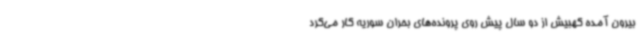
بیرون آمده کهبیش از دو سال پیش روی پرونده‌های بحران سوریه کار می‌کرد